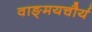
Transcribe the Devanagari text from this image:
वाङ्‌मयचौर्य